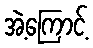
အဲ့ကြောင့်